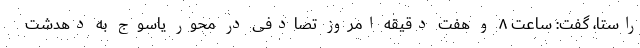
راستا، گفت: ساعت ۸ و هفت دقیقه امروز تصادفی در محور یاسوج به دهدشت